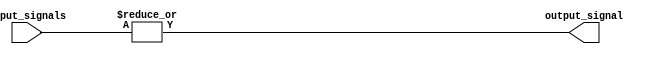
module OR_gate (
    input [15:0] input_signals,
    output reg output_signal
);

always @* begin
    output_signal = |input_signals;
end

endmodule